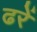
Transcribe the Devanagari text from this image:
ढरें